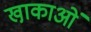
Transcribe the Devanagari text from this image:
खा़काओं